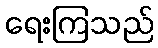
ရေးကြသည်